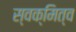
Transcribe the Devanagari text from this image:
स्वक्मित्व